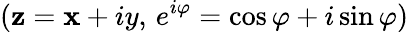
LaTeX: (\mathbf{z}=\mathbf{x}+iy,\, e^{i\varphi}=\cos\varphi+i\sin\varphi)